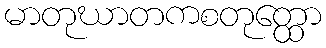
မာတုဃာတကစတုတ္ထော